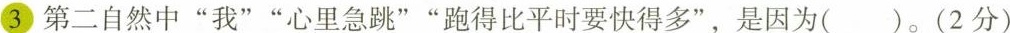
③第二自然中”我””心里急跳””跑得比平时要快得多”，是因为()。(2分)